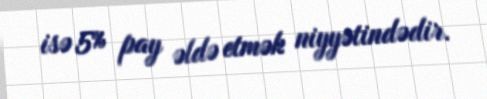
isə 5% pay əldə etmək niyyətindədir.